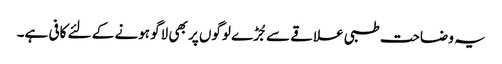
یہ وضاحت طبی علاقے سے جُڑے لوگوں پر بھی لاگو ہونے کے لئے کافی ہے۔